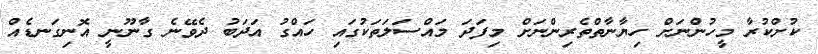
ކުށްކުރާ މީހުންނަށް ހިޔާނާތްތެރިންނަށް މިފަދަ މައްސަލަތަކުގައި ހައްގު އަދަބު ދެވޭނެ ގާނޫނީ އޮނިގަނޑެއް